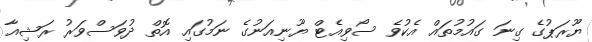
ޔޫރަޕުގެ ގިނަ ގައުމުތައް އެކުވެ ސޯވިއެޓް ޔޫނިއަނުގެ ނަމުގައި އޮތް ދުވަސްވަރު ރަޝިއާ